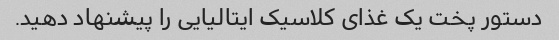
دستور پخت یک غذای کلاسیک ایتالیایی را پیشنهاد دهید.